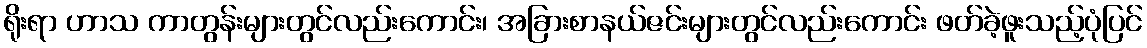
ရိုးရာ ဟာသ ကာတွန်းများတွင်လည်းကောင်း၊ အခြားစာနယ်ဇင်းများတွင်လည်းကောင်း ဖတ်ခဲ့ဖူးသည့်ပုံပြင်